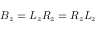
B _ { z } = L _ { z } R _ { z } = R _ { z } L _ { z }